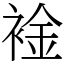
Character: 䘳